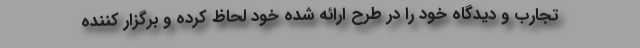
تجارب و دیدگاه خود را در طرح ارائه شده خود لحاظ کرده و برگزار کننده